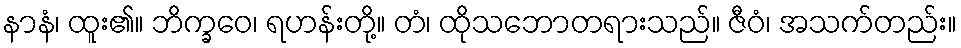
နာနံ၊ ထူး၏။ ဘိက္ခဝေ၊ ရဟန်းတို့။ တံ၊ ထိုသဘောတရားသည်။ ဇီဝံ၊ အသက်တည်း။